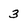
Character: 3